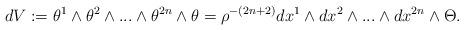
LaTeX: \begin{align*}dV:=\theta ^{1}\wedge \theta ^{2}\wedge ...\wedge \theta ^{2n}\wedge \theta=\rho ^{-(2n+2)}dx^{1}\wedge dx^{2}\wedge ...\wedge dx^{2n}\wedge \Theta .\end{align*}